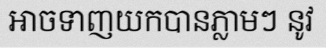
អាចទាញយកបានភ្លាមៗ នូវ